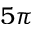
5 \pi